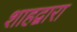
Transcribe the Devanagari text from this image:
शाहद्वारा